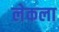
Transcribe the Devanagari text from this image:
लेकला